Annual administration and progress report of the Indian Medical Department, Bombay
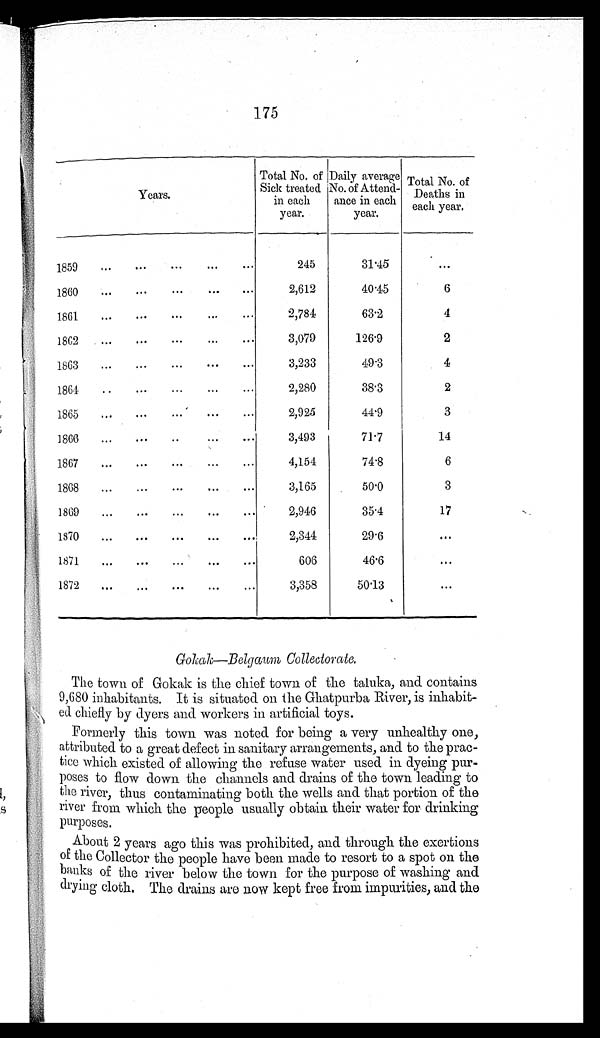
175
Years.
Total No. of
Sick treated
in each
year.
D a i l y a v e r a g e
No. of Attend-
ance in each
year.
Total No. of
Deaths in
each year.
1859
245
31.45
...
1860
2,612
40.45
6
1861
2,784
63.2
4
1862
3,079
126.9
2
1863
3,233
49.3
4
1864
2 , 2 8 0
38.3
2
1865
2,925
44.9
3
1866
3,493
71.7
14
1867
4,154
74.8
6
1868
3,165
50.0
3
1869
2,946
35.4
17
1870
2,344
29.6
. . .
1871
606
46.6
. . .
1872
3,358
50.13
...
Gokak—Belgaum Collectorate.
The town of Gokak is the chief town of the taluka, and contains
9,680 inhabitants. It is situated on the Ghatpurba River, is inhabit-
- e d c h i e f l y b y d y e r s a n d w o r k e r s i n a r t i f i c i a l t o y s .
Formerly this town was noted for being a very unhealthy one,
attributed to a great defect in sanitary arrangements, and to the prac-
tice which existed of allowing the refuse water used in dyeing pur-
poses to flow down the channels and drains of the town leading to
the river, thus contaminating both the wells and that portion of the
river from which the people usually obtain their water for drinking
purposes.
About 2 years ago this was prohibited, and through the exertions
of the Collector the people have been made to resort to a spot on the
banks of the river below the town for the purpose of washing and
drying cloth. The drains are now kept free from impurities, and the